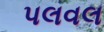
પલવલ